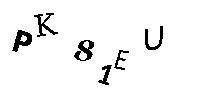
PK81EU